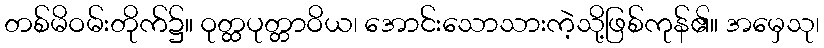
တစ်မိဝမ်းတိုက်၌။ ဝုတ္ထပုတ္တာဝိယ၊ အောင်းသောသားကဲ့သို့ဖြစ်ကုန်၏။ အမှေသု၊